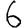
Digit: 6